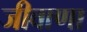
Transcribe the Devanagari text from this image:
जीवाणा